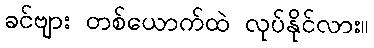
ခင်ဗျား တစ်ယောက်ထဲ လုပ်နိုင်လား။